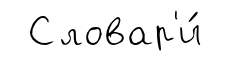
Словар'и́